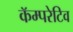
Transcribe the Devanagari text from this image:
कॅम्परेटिव